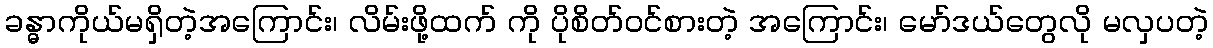
ခန္ဓာကိုယ်မရှိတဲ့အကြောင်း၊ လိမ်းဖို့ထက် ကို ပိုစိတ်ဝင်စားတဲ့ အကြောင်း၊ မော်ဒယ်တွေလို မလှပတဲ့